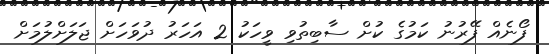
ފޯނެއް ފޭރުނު ކަމުގެ ކުށް ސާބިތުވި ވީހަކު 2 އަހަރު ދުވަހަށް ޖަލަށްލުމަށް